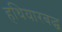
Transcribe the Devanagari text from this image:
हथियारबद्ध